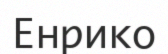
Енрико